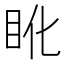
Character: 𥄒